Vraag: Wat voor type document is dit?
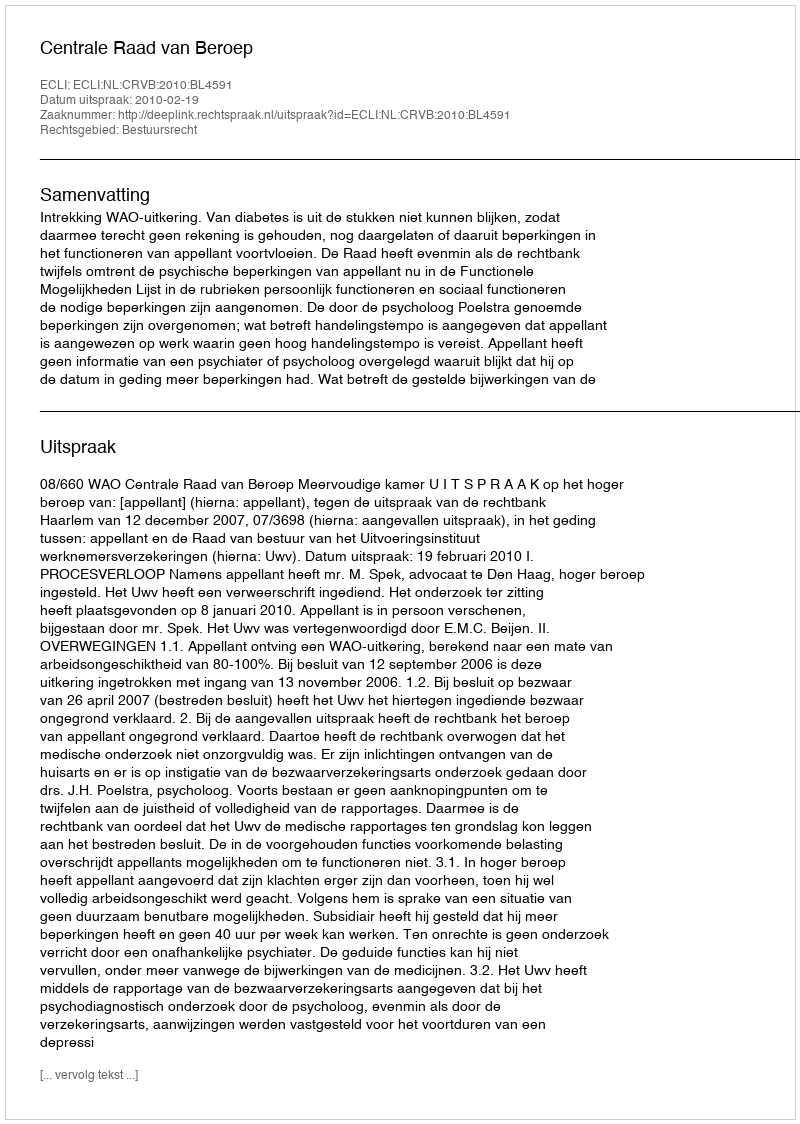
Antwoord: Uitspraak